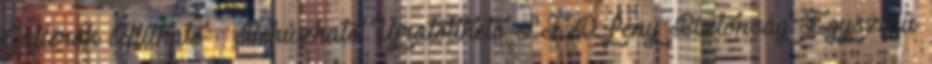
Gallérok Állítható Behúzható Újratölthető LED fény Biztonság Egyszínű